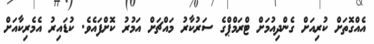
އެއްގޮތަށް ކުރިއަށް ގެންދިއުމަށް ޓްރަމްޕްގެ ސަރުކާރު މައްޗަށް އަމުރު ކޮށްފައެވެ. ކުޑައިރު އެމެރިކާއަށް